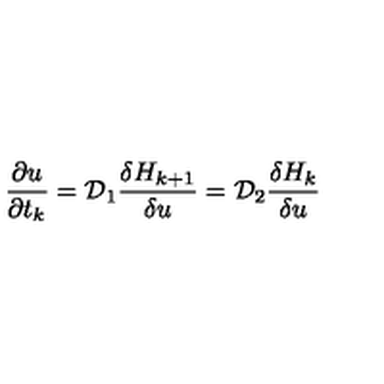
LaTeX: { \frac { \partial u } { \partial t _ { k } } } = { \cal D } _ { 1 } { \frac { \delta H _ { k + 1 } } { \delta u } } = { \cal D } _ { 2 } { \frac { \delta H _ { k } } { \delta u } }